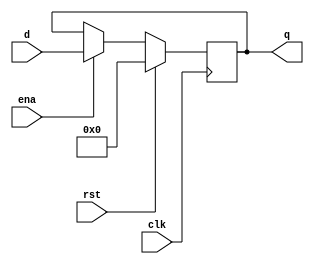
module register(clk, rst, d, q, ena);
	parameter N = 32;
	input wire clk, rst, ena;
	input wire [N-1:0] d;
	output reg [N-1:0] q = 0;

	always @(posedge clk) begin
		if(rst) begin
			q <= 0;
		end
		else begin
			if (ena) begin
				q <= d;
			end
			else begin
				q <= q;
			end
		end
	end
endmodule